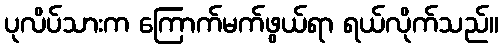
ပုလိပ်သားက ကြောက်မက်ဖွယ်ရာ ရယ်လိုက်သည်။